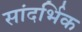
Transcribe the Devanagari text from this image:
सांदर्भिक